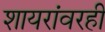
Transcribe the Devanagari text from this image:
शायरांवरही